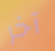
آخر